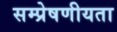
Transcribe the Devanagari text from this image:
सम्‍प्रेषणीयता